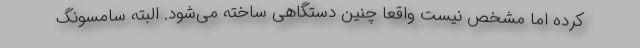
کرده اما مشخص نیست واقعا چنین دستگاهی ساخته می‌شود. البته سامسونگ